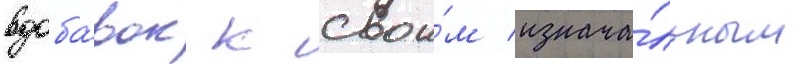
вдоба́вок к свои́м изнача́льным